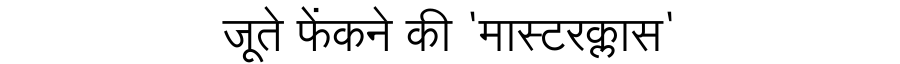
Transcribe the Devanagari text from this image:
जूते फेंकने की 'मास्टरक्लास'